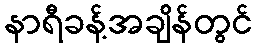
နာရီခန့်အချိန်တွင်